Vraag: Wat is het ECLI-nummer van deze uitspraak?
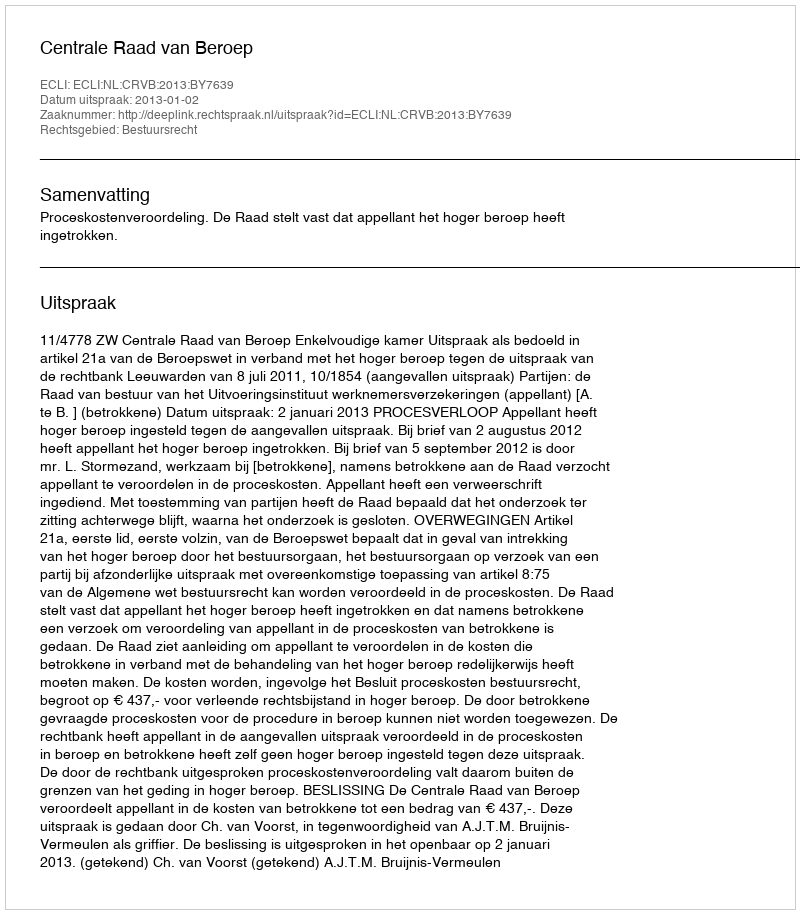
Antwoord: ECLI:NL:CRVB:2013:BY7639